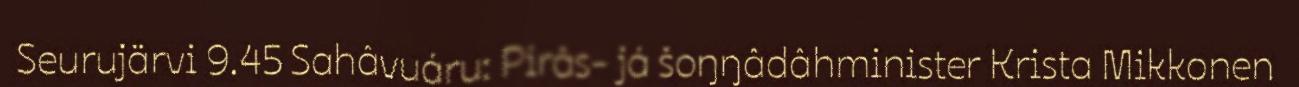
Seurujärvi 9.45 Sahâvuáru: Pirâs- já šoŋŋâdâhminister Krista Mikkonen